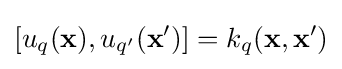
[u_{q}({\textbf {x}}),u_{q'}({\textbf {x}}')]=k_{q}({\textbf {x}},{\textbf {x}}')